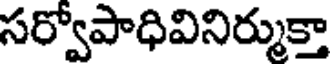
సర్వోపాధివినిర్ముక్తా